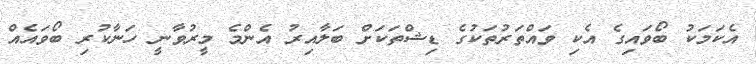
އެކަމަކު ބޯވައިގެ އެކި ވައްތަރުތަކުގެ ޑިޝްތަކަށް ބަލާއިރު އެންމެ މީރުވާނީ ހަނާކުރި ބޯވައެއް